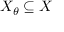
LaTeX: X _ { \theta } \subseteq X